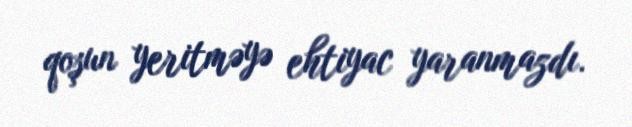
qoşun yeritməyə ehtiyac yaranmazdı.